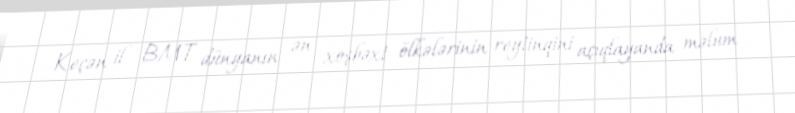
Keçən il BMT dünyanın ən xoşbəxt ölkələrinin reytinqini açıqlayanda məlum